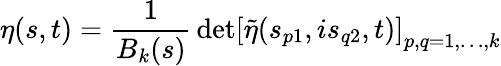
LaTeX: \eta(s,t)=\frac{1}{B_{k}(s)}\, \mathrm{det}\left[\tilde{\eta}(s_{p1},is_{q2},t)\right]_{p,q=1,\ldots,k}